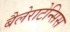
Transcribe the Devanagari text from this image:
बैलेराटेन्सिस